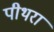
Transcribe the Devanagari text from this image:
पीथरा